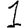
Digit: 1